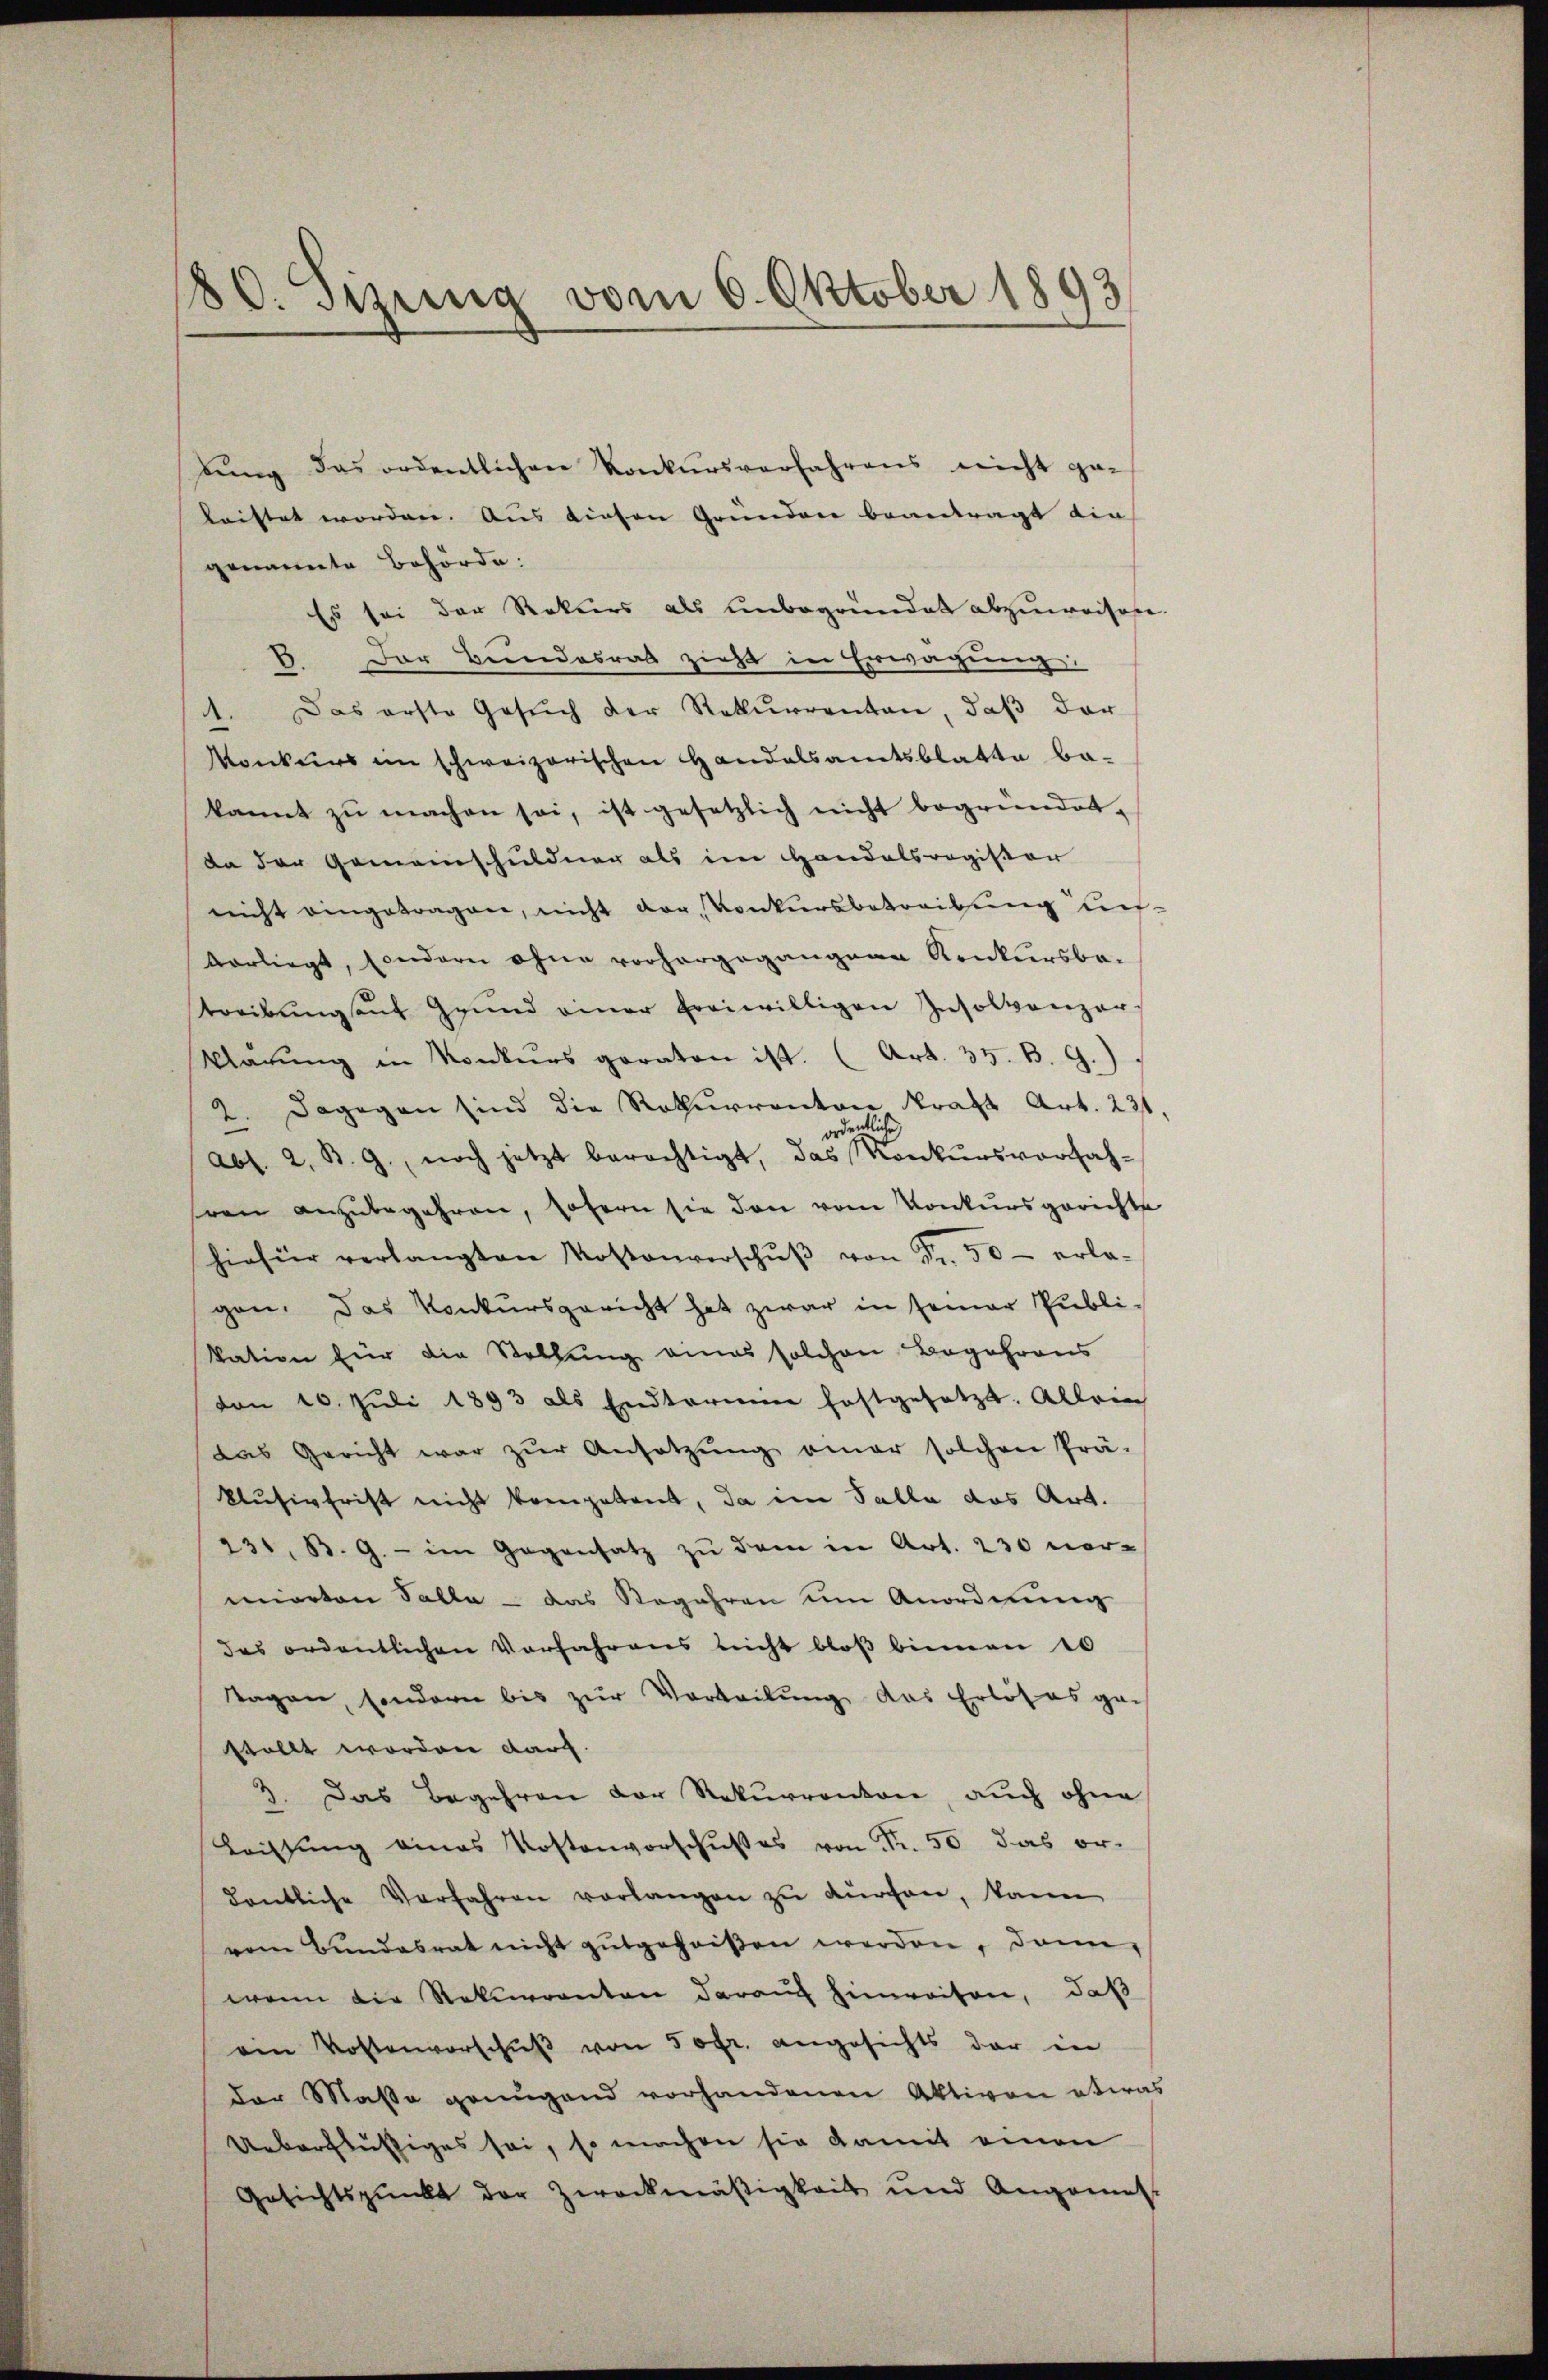
180. Sizung vom 6. Oktober 1893

tŭng das ordentlichen Konkursverfahrens nicht ge-
leistet worden. Aus diesen Grunden beantragt die
genannte Behörde.
Es sei der Rekurs als unbegründet abzuweisen
B. Der Bundesrat zieht in Erwägung:
1. Das erste Gesŭch der Rekurrenten, daβ der
Konkurs im schweizerischen Handalsamtsblatte be-
kannt zu machen sei, ist gesetzlich nicht begründet,
da der Gemeinschuldung als im Handelsregister
nicht eingetragen, nicht vor, Konkursbetreibung unvorliegt, sondern ohne vorhergegangene Konkursbe-
treibung auf Grund einer freiwilligen Insolvenzer
Marŭng in Konkurs geraten ist. (Art. 35. B. G.).
2. Dagegen sind die Rekurrenton Straft Art. 231,
ordente
Abs. 2. B. G., noch jetzt berechtigt, das Konkursvorfah-
hren anzubegehren, sofern sie den vom Konkursgerichte
hiefür verlangten Kostenverschŭβ von Fr. 50 - erla-
gen. Das Konkursgericht hat zwar in seiner Publi-
kation für die Stellung eines solchen Begehrens
von 10. Jŭli 1893 als Endterinn festgesetzt. Allein
das Gericht war zŭr Ansetzŭng amar solchen Prä-
klusivfrist nicht kompetent, da im Falle das Art.
231, B. G. - im Gegensatz zu dem in Art. 230 normierten Falle - das Regehren um Anordnung
des ordentlichen Vorfahrens nicht bloβ binnen 10
Tagen, sondern bis zŭr Vorteilŭng das Erlöses ge-
stellt worden durch
3. Das Begehren der Rekurrenton, auch ohne
Leistŭng eines Kostenvorschußes von Fr. 50 das or-
dentliche Verfahren vorlangen zu Kirchen, kann
vom Bŭndesrat nicht gutgeheißen werden, dann,
wenn die Rekurrenten darauf hinweisen, daß
ein Vortenvorschŭβ von 50fr. angesichts der in
der Masse genügend vorhandenen Aktiven etwas
Ueberflüssiges sei, so machen sie damit einen
Gesichtspunkt der Zweckmäßigkeit und Angann